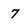
Character: 7